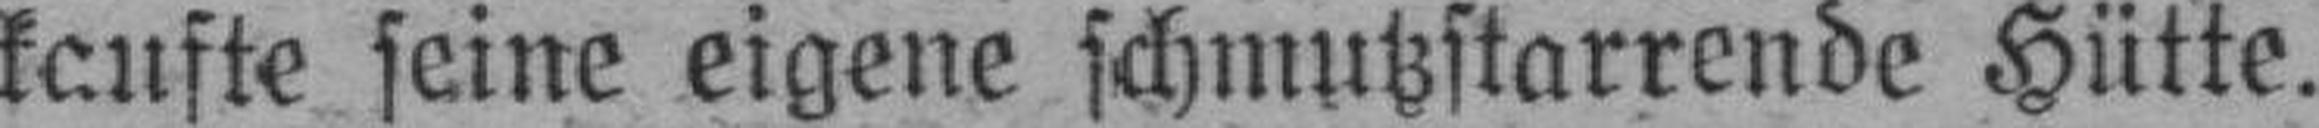
kaufte seine eigene schmutzstarrende Hütte.